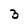
Character: 3